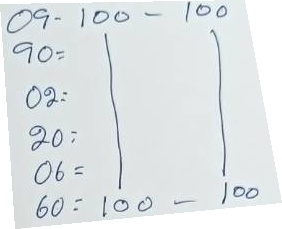
09 = 100 - 100
90 = 100 - 100
02 = 100 - 100
20 = 100 - 100
06 = 100 - 100
60 = 100 - 100